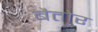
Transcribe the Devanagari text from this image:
बैतोर